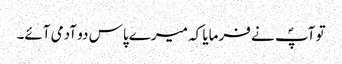
تو آپؐ نے فرمایا کہ میرے پاس دو آدمی آئے۔